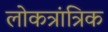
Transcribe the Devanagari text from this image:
लोकत्रांत्रिक